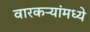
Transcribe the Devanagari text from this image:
वारकऱ्यांमध्ये